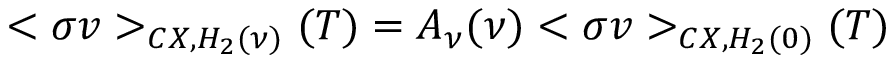
< \sigma v > _ { C X , H _ { 2 } ( \nu ) } ( T ) = A _ { \nu } ( \nu ) < \sigma v > _ { C X , H _ { 2 } ( 0 ) } ( T )